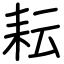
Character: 耘